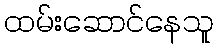
ထမ်းဆောင်နေသူ